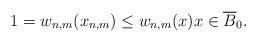
LaTeX: \begin{align*}1=w_{n,m}(x_{n,m}) \leq w_{n,m}(x) x \in \overline{B}_0.\end{align*}